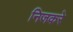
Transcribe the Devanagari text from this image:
निजकरे